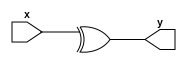

module xor_vec #(parameter X=2) (x,y);

	input [X-1:0] x;
	output y;
	
	assign y = ^x;
	
endmodule